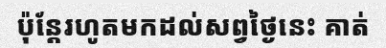
ប៉ុន្តែរហូតមកដល់សព្វថ្ងៃនេះ គាត់